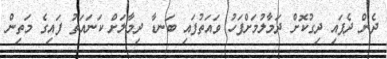
ދެން ދެފައި ދިގުކޮށް ދަމާލުމަށްފަހު ވައަތުފައި ބަނޑާ ދިމާލަށް ކަނައަތު ފައިގެ މަތިން